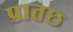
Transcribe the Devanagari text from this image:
प्रातछ